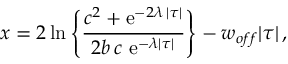
x = 2 { \, \mathrm { l n } } \left\{ { \frac { c ^ { 2 } + \mathrm { e } ^ { - 2 \lambda \, | \tau | } } { 2 b \, c \ \mathrm { e } ^ { - \lambda | \tau | } } } \right\} - w _ { o f f } | \tau | \, ,